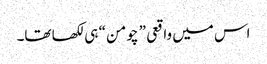
اس میں واقعی ” چومن “ ہی لکھا تھا۔